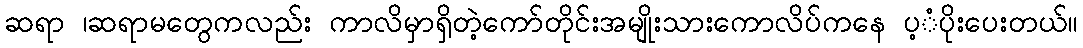
ဆရာ ၊ဆရာမတွေကလည်း ကာလိမှာရှိတဲ့ကော်တိုင်းအမျိုးသားကောလိပ်ကနေ ပ့ံပိုးပေးတယ်။